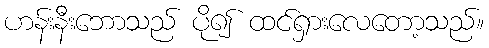
ဟန်းနီးဘောသည် ပို၍ ထင်ရှားလေတော့သည်။